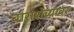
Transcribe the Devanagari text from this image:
बाराशेच्यावर